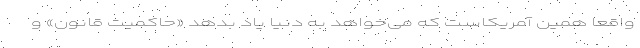
واقعا همین آمریکاست که می‌خواهد به دنیا یاد بدهد «حاکمیت قانون» و